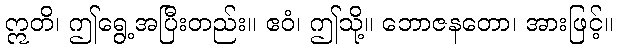
ဣတိ၊ ဤရွေ့အပြီးတည်း။ ဧဝံ၊ ဤသို့။ ဘောဇနတော၊ အားဖြင့်။